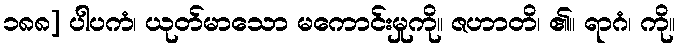
၁၈၈] ပါပကံ၊ ယုတ်မာသော မကောင်းမှုကို။ ဇဟာတိ၊ ၏။ ရာဂံ၊ ကို။